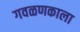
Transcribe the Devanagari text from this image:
गवळणकाला